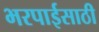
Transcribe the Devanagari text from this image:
भरपाईसाठी